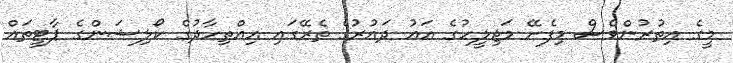
މީގެ އިތުރުންވެސް މިފެށޭ މަޖިލީހުގެ އައު ދައުރުގެ ތެރޭގައި އިއްތިހާދުގެ ކޯލިޝަންގެ ޕާޓީތައް